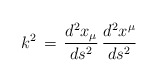
\begin{align*}k^2\,=\, \frac{d^2x_\mu}{ds^2}\,\frac{d^2x^\mu }{ds^2}\end{align*}